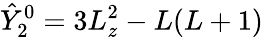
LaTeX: \hat{Y}_{2}^{0}=3L_{z}^{2}-L(L+1)